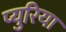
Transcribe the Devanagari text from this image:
प्युरिया